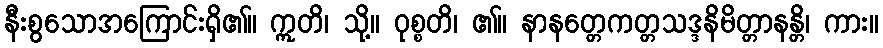
နီးစွသောအကြောင်းရှိ၏။ ဣတိ၊ သို့။ ဝုစ္စတိ၊ ၏။ နာနတ္တေကတ္တသဒ္ဒနိမိတ္တာနန္တိ၊ ကား။